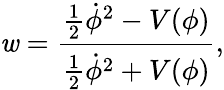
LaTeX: \mathit{w}={\frac{{{\frac{{1}}{{2}}}{\dot{{\phi}}}^{2}-V(\phi)}}{{{\frac{{1}}{{2}}}{\dot{{\phi}}}^{2}+V(\phi)}}},